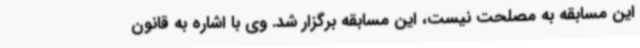
این مسابقه به مصلحت نیست، این مسابقه برگزار شد. وی با اشاره به قانون